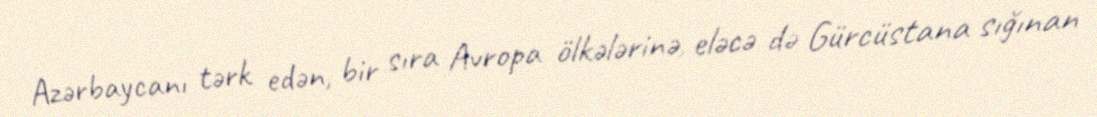
Azərbaycanı tərk edən, bir sıra Avropa ölkələrinə, eləcə də Gürcüstana sığınan